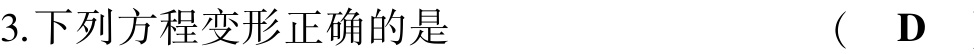
3.下列方程变形正确的是  （  D  ）